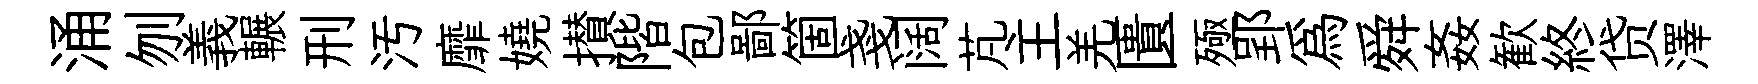
涌刎義輾刑汚靡嬈攅階包鄙箇戔阔芃主羌匱殛郢爲舜姦歓終贷澤